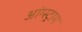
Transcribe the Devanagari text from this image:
आंग्स्ट्राम